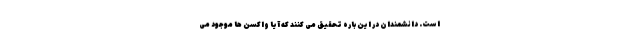
است. دانشمندان در این باره تحقیق می کنند که آیا واکسن ها موجود می